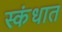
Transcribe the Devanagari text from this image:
स्कंधात